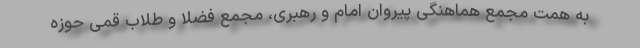
به همت مجمع هماهنگی پیروان امام و رهبری، مجمع فضلا و طلاب قمی حوزه